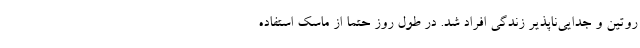
روتین و جدایی‌ناپذیر زندگی افراد شد. در طول روز حتما از ماسک استفاده